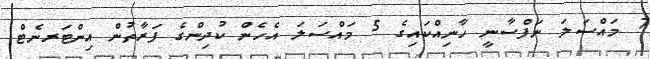
7 މައްސަލަ ނަފްސާނީ ހާނިއްކައިގެ 5 މައްސަލަ އެހެން ކުދިންގެ ފަރާތުން އިންޓަރނެޓް